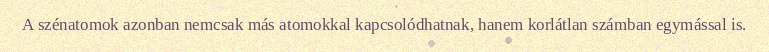
A szénatomok azonban nemcsak más atomokkal kapcsolódhatnak, hanem korlátlan számban egymással is.